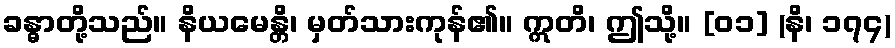
ခန္ဓာတို့သည်။ နိယမေန္တိ၊ မှတ်သားကုန်၏။ ဣတိ၊ ဤသို့။ [၀၁] (နိ၊ ၁၇၄)